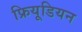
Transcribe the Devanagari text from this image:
फ्रियूडियन